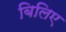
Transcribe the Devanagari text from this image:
बिलिए